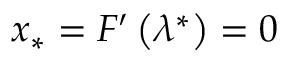
x _ { * } = F ^ { \prime } \left( \lambda ^ { * } \right) = 0